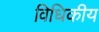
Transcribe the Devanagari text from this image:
विधिकीय